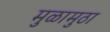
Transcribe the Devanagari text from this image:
मुळामुठा